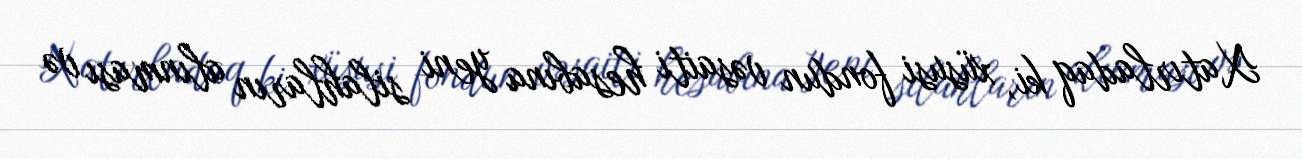
Xatırladaq ki, xüsusi fondun vəsaiti hesabına yeni silahların alınması və